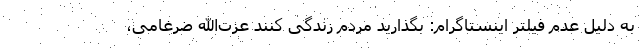
به دلیل عدم فیلتر اینستاگرام: بگذارید مردم زندگی کنند عزت‌الله ضرغامی،